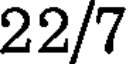
22/7